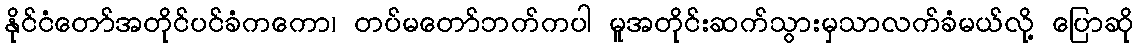
နိုင်ငံတော်အတိုင်ပင်ခံကကော၊ တပ်မတော်ဘက်ကပါ မူအတိုင်းဆက်သွားမှသာလက်ခံမယ်လို့ ပြောဆို